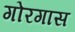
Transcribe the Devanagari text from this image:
गोरगास